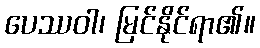
ပေဿဝါ၊ မြင်နိုင်ရာ၏။